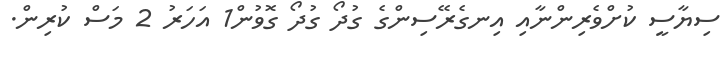
ސިޔާސީ ކުށްވެރިންނާއި އިނގެރޭސިންގެ ގުދޯ ގުދޯ ގޮވުން1 އަހަރު 2 މަސް ކުރިން.